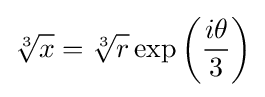
{\sqrt[{3}]{x}}={\sqrt[{3}]{r}}\exp \left({\frac {i\theta }{3}}\right)